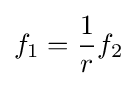
f_{1}={\frac {1}{r}}f_{2}